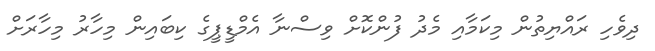
ދިވެހި ރައްޔިތުން މިކަމާއި މެދު ފުންކޮށް ވިސްނާ އެމްޑީޕީގެ ކިބައިން މިހާރު މިހާރަށް